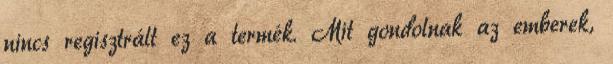
nincs regisztrált ez a termék. Mit gondolnak az emberek,